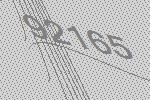
92165